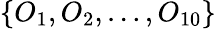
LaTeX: \{ O_{1},O_{2},\ldots,O_{10}\}